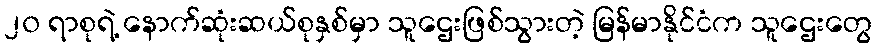
၂၀ ရာစုရဲ့ နောက်ဆုံးဆယ်စုနှစ်မှာ သူဌေးဖြစ်သွားတဲ့ မြန်မာနိုင်ငံက သူဌေးတွေ